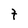
Character: t